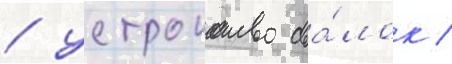
/ устроиство сва́лок /